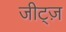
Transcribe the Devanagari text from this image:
जीट्ज़